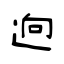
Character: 逈